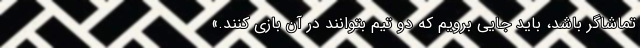
تماشاگر باشد، باید جایی برویم که دو تیم بتوانند در آن بازی کنند.»